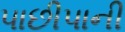
પાછીપાની